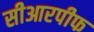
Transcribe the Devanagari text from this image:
सीआरपीफ